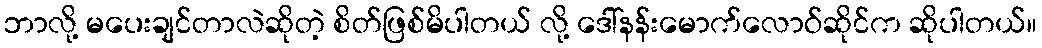
ဘာလို့ မပေးချင်တာလဲဆိုတဲ့ စိတ်ဖြစ်မိပါတယ် လို့ ဒေါ်နန်းမောက်လောဝ်ဆိုင်က ဆိုပါတယ်။